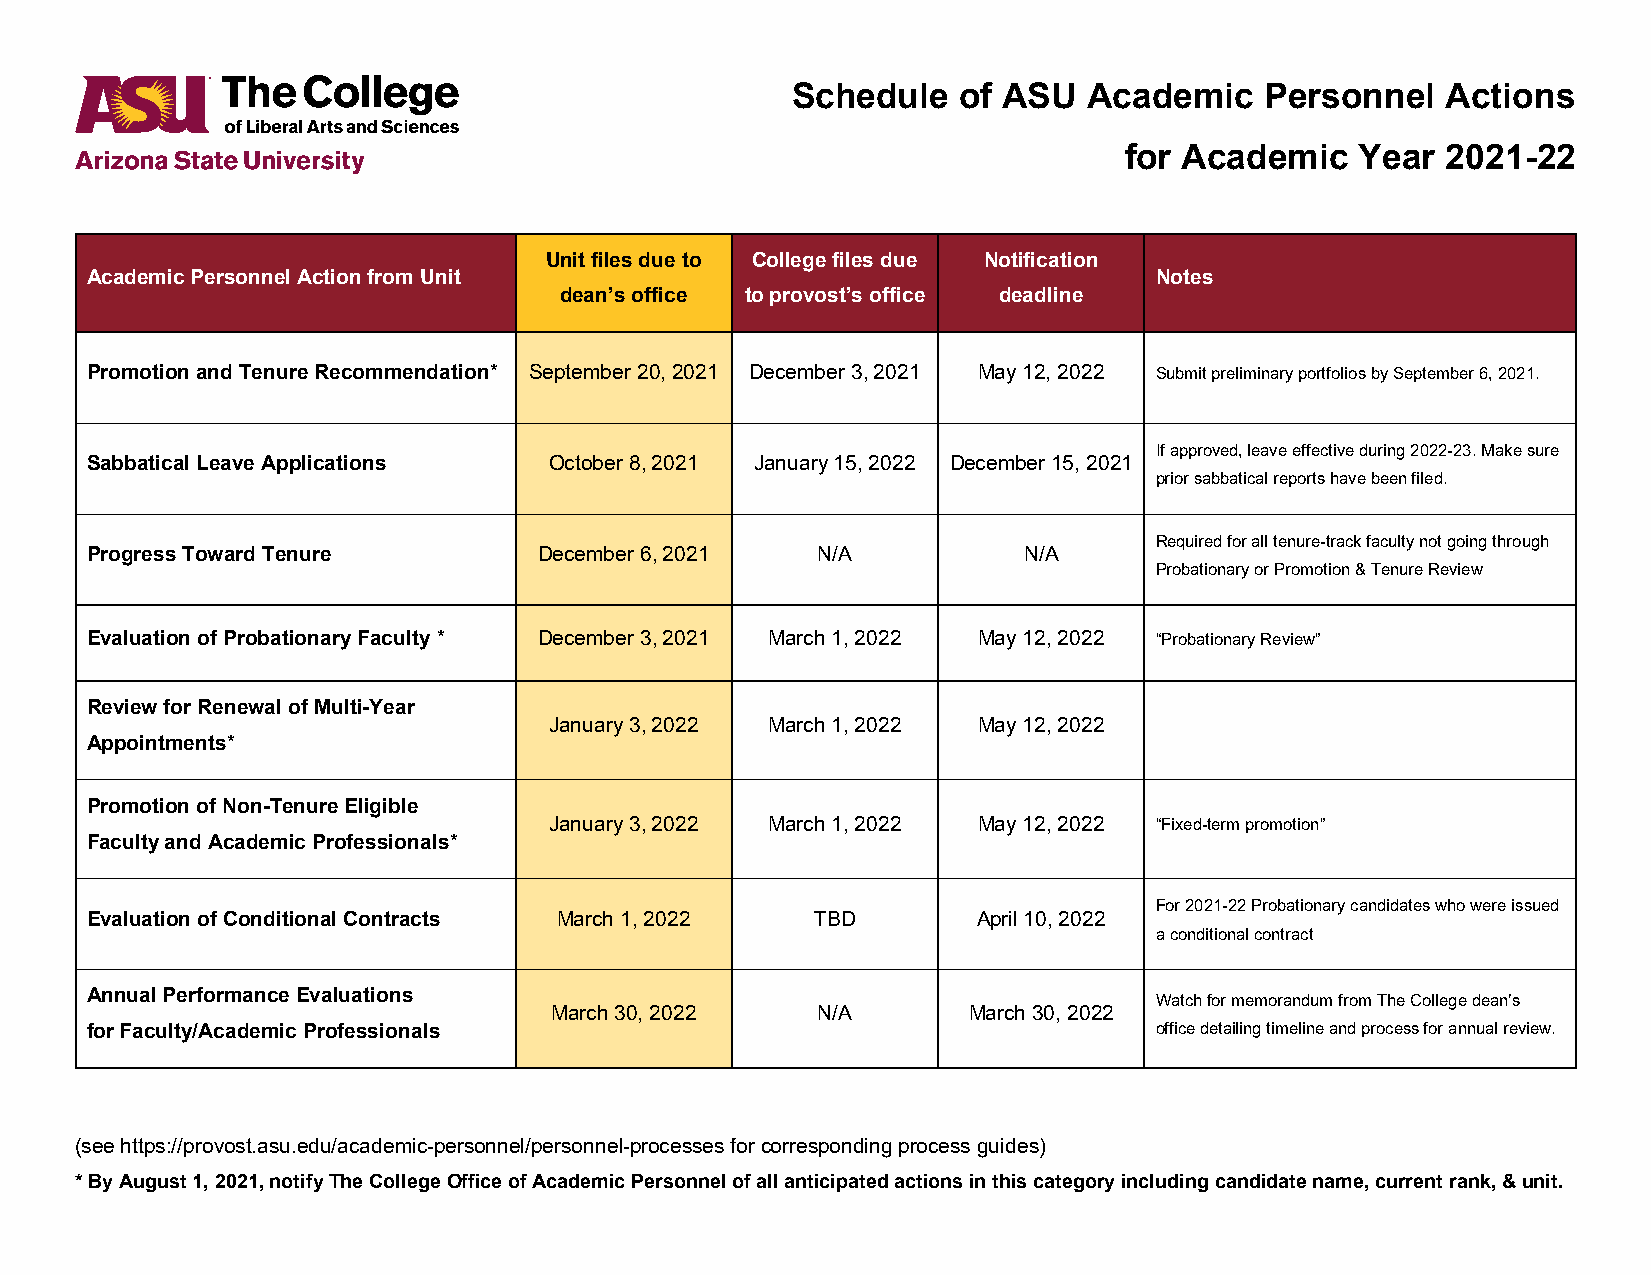
Schedule   of ASU   Academic    Personnel   Actions
 for Academic    Year  2021-22
 Unit files due to College files due Notification
 Academic Personnel Action from Unit                                   Notes
 dean’s office to provost’s office deadline
 Promotion and Tenure Recommendation* September 20, 2021 December 3, 2021 May 12, 2022 Submit preliminary portfolios by September 6, 2021.
 If approved, leave effective during 2022-23. Make sure
 Sabbatical Leave Applications October 8, 2021 January 15, 2022 December 15, 2021
 prior sabbatical reports have been filed.
 Required for all tenure-track faculty not going through
 Progress Toward Tenure        December 6, 2021  N/A           N/A
 Probationary or Promotion & Tenure Review
 Evaluation of Probationary Faculty * December 3, 2021 March 1, 2022 May 12, 2022 “Probationary Review”
 Review for Renewal of Multi-Year
 January 3, 2022 March 1, 2022 May 12, 2022
 Appointments*
 Promotion of Non-Tenure Eligible
 January 3, 2022 March 1, 2022 May 12, 2022 “Fixed-term promotion”
 Faculty and Academic Professionals*
 For 2021-22 Probationary candidates who were issued
 Evaluation of Conditional Contracts March 1, 2022 TBD      April 10, 2022
 a conditional contract
 Annual Performance Evaluations                                        Watch for memorandum from The College dean’s
 March 30, 2022    N/A       March 30, 2022
 for Faculty/Academic Professionals                                    office detailing timeline and process for annual review.
 (see https://provost.asu.edu/academic-personnel/personnel-processes for corresponding process guides)
 * By August 1, 2021, notify The College Office of Academic Personnel of all anticipated actions in this category including candidate name, current rank, & unit.